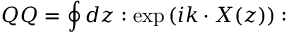
Q Q = \oint d z : \exp \left( i k \cdot X ( z ) \right) :